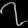
Digit: ၇